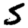
Digit: 5